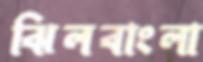
ঝিলবাংলা